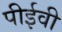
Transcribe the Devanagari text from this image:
पीईवी